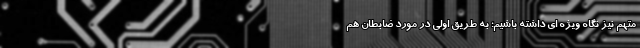
متهم نیز نگاه ویژه ای داشته باشیم؛ به طریق اولی در مورد ضابطان هم